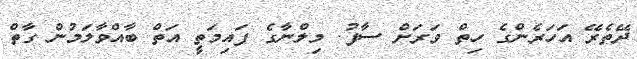
ދޭތެރޭ އަހަރެންގެ ހިތް ވަރަށް ސާފު. މިލްނާގެ ފައިމަތީ އަތް ބާއްވާލަމުން ގާތް